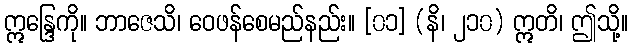
ဣန္ဒြေကို။ ဘာဇေသိ၊ ဝေဖန်စေမည်နည်း။ [၀၁] (နိ၊ ၂၁၀) ဣတိ၊ ဤသို့။